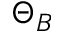
\Theta _ { B }